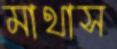
মাথাস